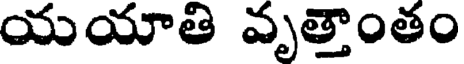
యయాతి వృత్తాంతం